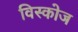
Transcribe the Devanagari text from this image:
विस्कोज